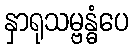
နှာရုသမ္ဗန္ဓံပေ